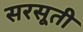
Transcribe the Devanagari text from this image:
सरसूती